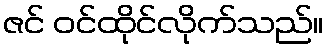
ဇင် ဝင်ထိုင်လိုက်သည်။